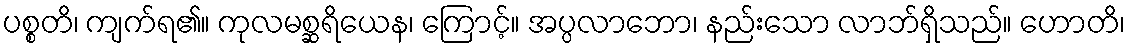
ပစ္စတိ၊ ကျက်ရ၏။ ကုလမစ္ဆရိယေန၊ ကြောင့်။ အပ္ပလာဘော၊ နည်းသော လာဘ်ရှိသည်။ ဟောတိ၊